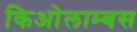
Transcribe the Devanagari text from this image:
किओलाम्बस